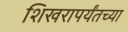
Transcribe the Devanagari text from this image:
शिखरापर्यंतच्या